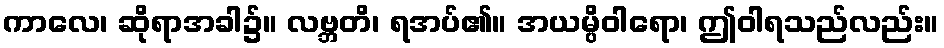
ကာလေ၊ ဆိုရာအခါ၌။ လဗ္ဘတိ၊ ရအပ်၏။ အယမ္ပိဝါရော၊ ဤဝါရသည်လည်း။